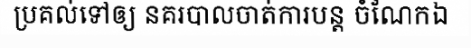
ប្រគល់ទៅឲ្យ នគរបាលចាត់ការបន្ត ចំណែកឯ